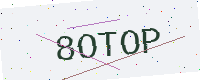
Text: 8OTOP